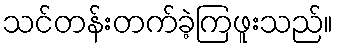
သင်တန်းတက်ခဲ့ကြဖူးသည်။